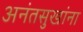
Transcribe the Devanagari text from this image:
अनंतसुखांना